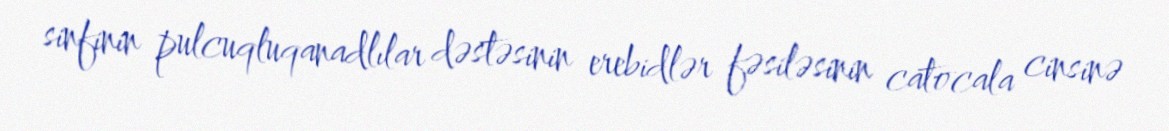
sinfinin pulcuqluqanadlılar dəstəsinin erebidlər fəsiləsinin catocala cinsinə